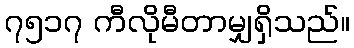
၇၅၁၇ ကီလိုမီတာမျှရှိသည်။